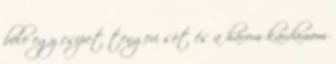
bele egy csipet tengeri sót és a három kardamom